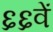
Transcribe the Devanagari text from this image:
६६वें